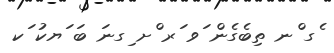
ެގ ްނ ތިބެގެން ަވ ަރ ްށ ިގނަ ބަ ަޔކު ަކ